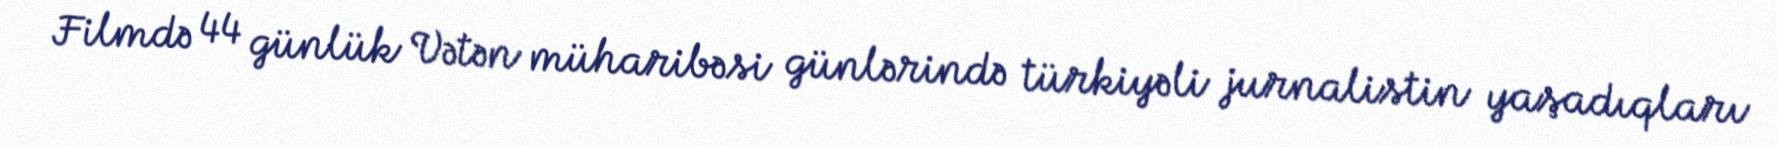
Filmdə 44 günlük Vətən müharibəsi günlərində türkiyəli jurnalistin yaşadıqları